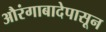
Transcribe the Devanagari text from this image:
औरंगाबादेपासून